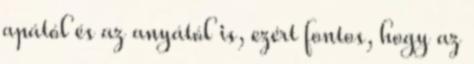
apától és az anyától is, ezért fontos, hogy az